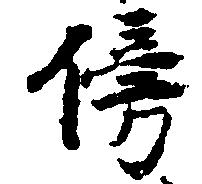
傍